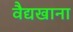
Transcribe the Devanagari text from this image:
वैद्यखाना